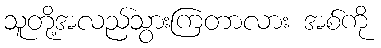
သူတို့အလည်သွားကြတာလား အစ်ကို